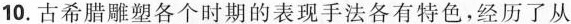
10.古希腊雕塑各个时期的表现手法各有特色，经历了从